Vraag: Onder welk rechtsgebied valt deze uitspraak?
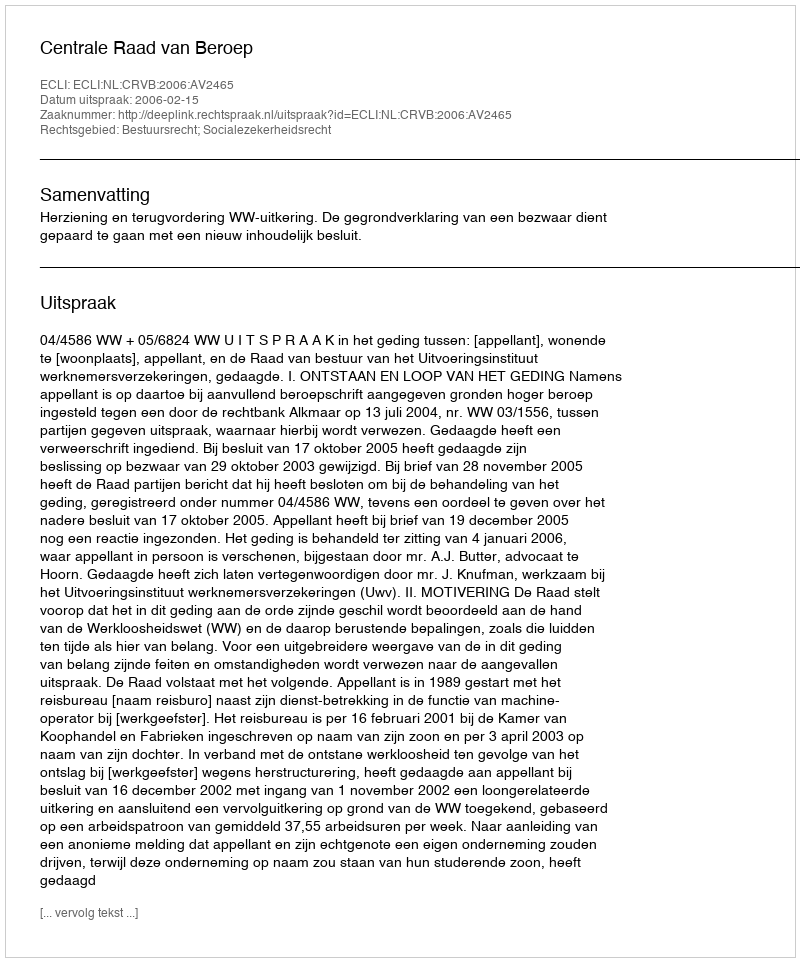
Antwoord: Bestuursrecht; Socialezekerheidsrecht